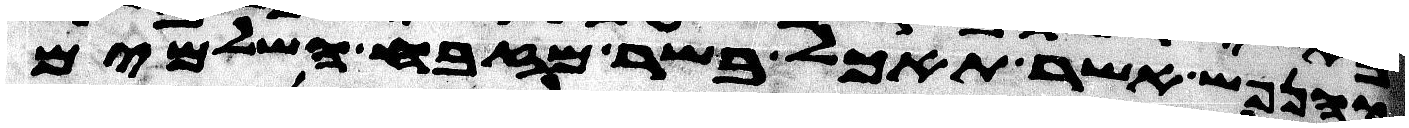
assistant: והנפש אשר תאכל בשר מזבח השלמים